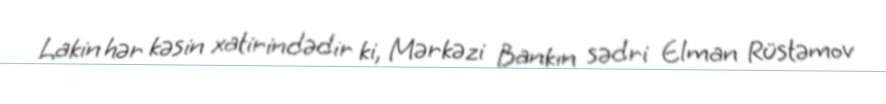
Lakin hər kəsin xatirindədir ki, Mərkəzi Bankın sədri Elman Rüstəmov